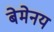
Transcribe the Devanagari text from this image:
बेमेनय